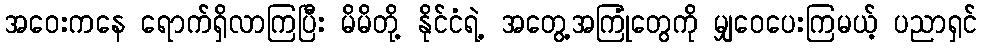
အဝေးကနေ ရောက်ရှိလာကြပြီး မိမိတို့ နိုင်ငံရဲ့ အတွေ့အကြုံတွေကို မျှဝေပေးကြမယ့် ပညာရှင်